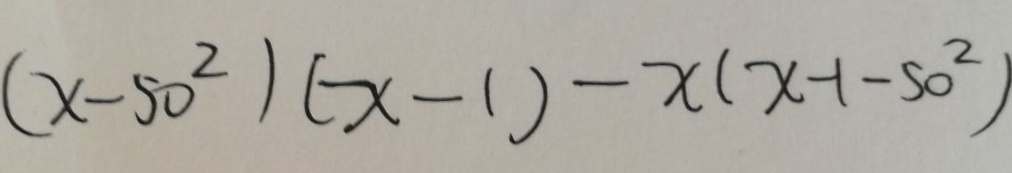
( x - 5 0 ^ { 2 } ) ( x - 1 ) - x ( x - 1 - 5 0 ^ { 2 } )